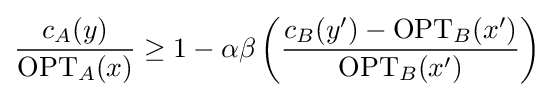
{\frac {c_{A}(y)}{\mathrm {OPT} _{A}(x)}}\geq 1-\alpha \beta \left({\frac {c_{B}(y')-\mathrm {OPT} _{B}(x')}{\mathrm {OPT} _{B}(x')}}\right)